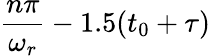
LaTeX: \frac{n\pi}{\omega_{r}}-1.5(t_{0}+\tau)